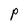
Character: P